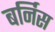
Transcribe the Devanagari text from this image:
बर्निस